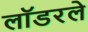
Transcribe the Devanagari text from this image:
लॉडरले